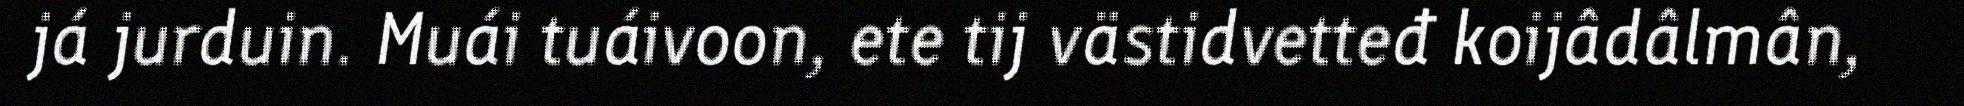
já jurduin. Muái tuáivoon, ete tij västidvetteđ koijâdâlmân,